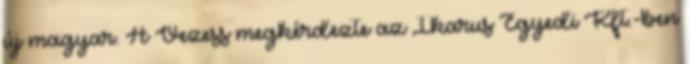
új magyar. A Vezess megkérdezte az Ikarus Egyedi Kft.-ben